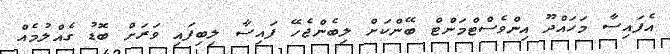
އެފައިސާ މަހައްދޫ އިންވެސްޓްމަންޓް ބޭންކަށް ލިބެންޖެހޭ ފައިސާ ލިބިފައި ވަރަށް ބޮޑު ގެއްލުމެއް